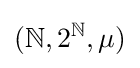
(\mathbb {N} ,2^{\mathbb {N} },\mu )